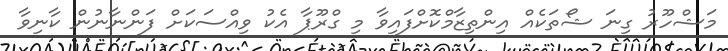
މަޝްހޫރު ގިނަ ޝޯތަކެއް އިންތިޒާމްކޮށްފައިވާ މި ގްރޫޕާ އެކު ވިއްސަކަށް ފަންނާނުން ކާނިވާ